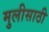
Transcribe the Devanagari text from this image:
मुलीसाठी